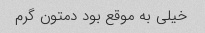
خیلی به موقع بود دمتون گرم